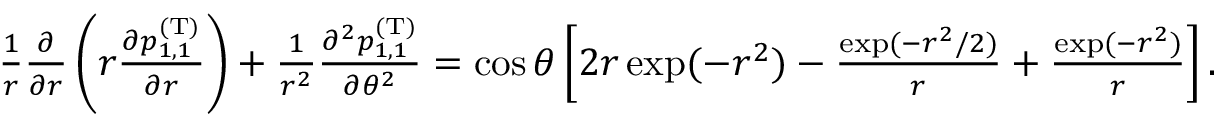
\begin{array} { r } { \frac { 1 } { r } \frac { \partial } { \partial r } \left( r \frac { \partial p _ { 1 , 1 } ^ { \mathrm { ( T ) } } } { \partial r } \right) + \frac { 1 } { r ^ { 2 } } \frac { \partial ^ { 2 } p _ { 1 , 1 } ^ { \mathrm { ( T ) } } } { \partial \theta ^ { 2 } } = \cos \theta \left[ 2 r \exp ( - r ^ { 2 } ) - \frac { \exp ( - r ^ { 2 } / 2 ) } { r } + \frac { \exp ( - r ^ { 2 } ) } { r } \right] . } \end{array}